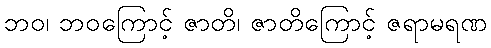
ဘဝ၊ ဘဝကြောင့် ဇာတိ၊ ဇာတိကြောင့် ဇရာမရဏ